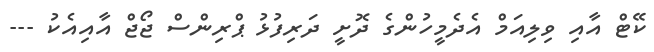
ކޭޓް އާއި ވިލިއަމް އެދެމީހުންގެ ދޮށީ ދަރިފުޅު ޕްރިންސް ޖޯޖް އާއިއެކު ---